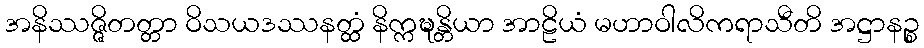
အနိဿဇ္ဇိတတ္တာ ဝိသယဒဿနတ္ထံ နိက္ကဍ္ဎန္တိယာ အာဠိယံ မဟာဝါလိကရာသီတိ အဋ္ဌာနဉ္စ